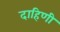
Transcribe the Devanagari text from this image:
दाहिणी